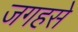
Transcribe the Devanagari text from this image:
जगहसे